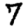
Digit: 7